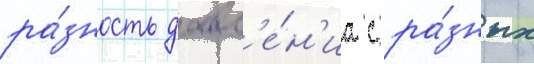
ра́зность давл'е́н'иа с ра́зных